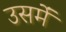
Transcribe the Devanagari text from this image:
उसमंे